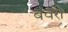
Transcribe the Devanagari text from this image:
बवरी